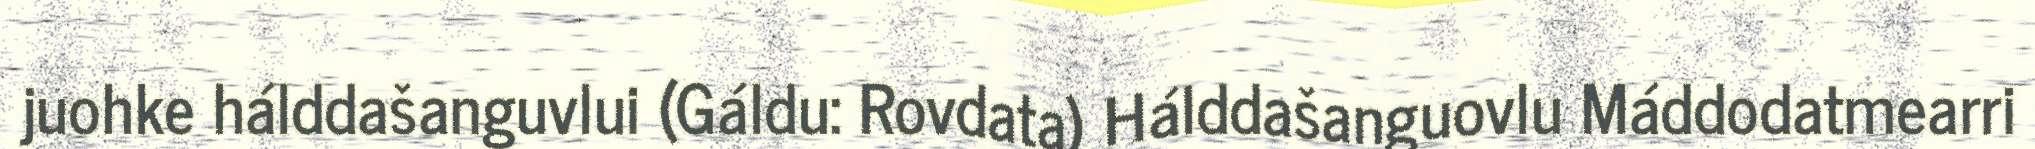
juohke hálddašanguvlui (Gáldu: Rovdata) Hálddašanguovlu Máddodatmearri